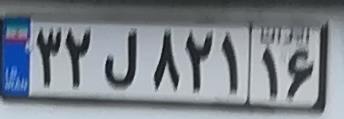
۳۲ل۸۲۱۱۶